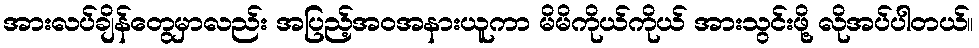
အားလပ်ချိန်တွေမှာလည်း အပြည့်အဝအနားယူကာ မိမိကိုယ်ကိုယ် အားသွင်းဖို့ လိုအပ်ပါတယ်။